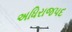
અધિરાજપદ